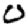
Digit: 0